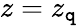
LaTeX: z=z_{\mathtt{q}}